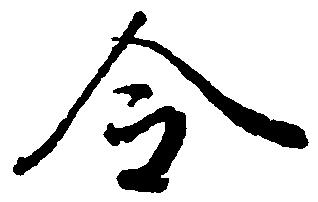
令